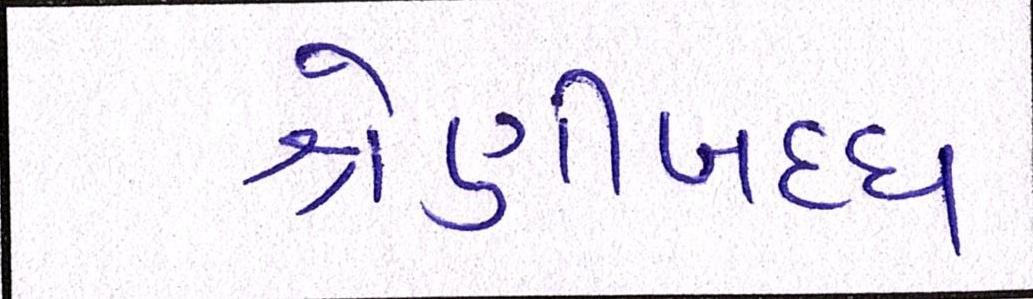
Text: શ્રેણીબધ્ધ